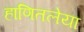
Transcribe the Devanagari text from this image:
हाणितलेया